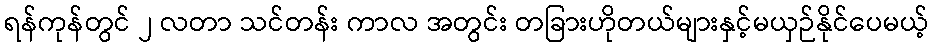
ရန်ကုန်တွင် ၂ လတာ သင်တန်း ကာလ အတွင်း တခြားဟိုတယ်များနှင့်မယှဉ်နိုင်ပေမယ့်